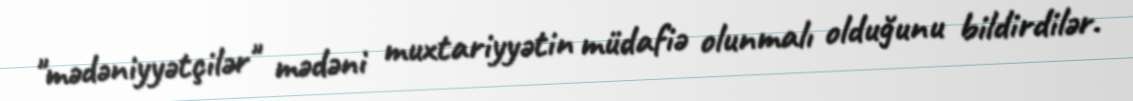
"mədəniyyətçilər" mədəni muxtariyyətin müdafiə olunmalı olduğunu bildirdilər.